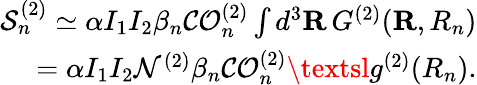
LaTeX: \begin{array}{r}{\mathcal{S}_{n}^{(\mathrm{2})}\simeq\alpha I_{1}I_{2}\beta_{{n}}\mathcal{CO}_{n}^{(2)}\int d^{3}\mathbf{R}\, {G^{(2)}}(\mathbf{R},R_{n})}\\ {=\alpha I_{1}I_{2}\mathcal{N}^{(2)}\beta_{n}\mathcal{CO}_{n}^{(2)}\textsl{g}^{(2)}(R_{n}).}\end{array}